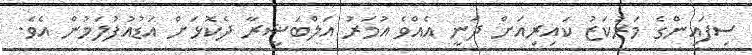
ސިފައިންގެ މަރުކަޒު ކައިރިއަށް ދަނީ އެއްވެ އުމަރު އަލްބަޝީރާ ދެކޮޅަށް އަޑުއުފުލަމުން އެވެ.